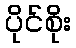
ပိုင်စိုး